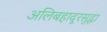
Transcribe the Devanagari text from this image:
अलिबहादूरसुद्धा